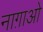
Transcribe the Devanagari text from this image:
नाग़ाओ